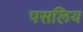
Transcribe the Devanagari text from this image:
पसलिय